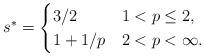
LaTeX: \begin{align*}s^*= \begin{cases} 3/2 & 1 < p \leq 2, \\1 + 1/p& 2 < p <\infty. \end{cases}\end{align*}